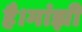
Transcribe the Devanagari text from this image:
है।मांझी